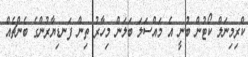
ކްރިމިނަލް ކޯޓުން ބުނީ އެ މައްސަލަ ބަލަން މިހާރު ތިން ފަނޑިޔާރުންގެ ބެންޗެއް